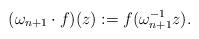
LaTeX: \begin{align*} (\omega_{n+1} \cdot f) (z):=f(\omega_{n+1}^{-1} z).\end{align*}